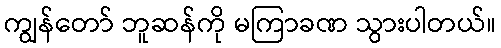
ကျွန်တော် ဘူဆန်ကို မကြာခဏ သွားပါတယ်။